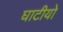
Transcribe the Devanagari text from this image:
घाटीयो